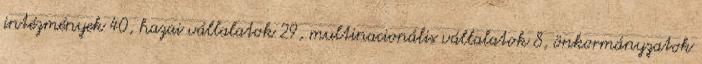
intézmények 40, hazai vállalatok 29, multinacionális vállalatok 8, önkormányzatok